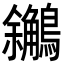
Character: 𪇝